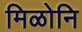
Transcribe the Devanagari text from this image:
मिळोनि